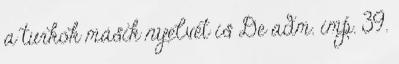
a turkok másik nyelvét is De adm. imp. 39.